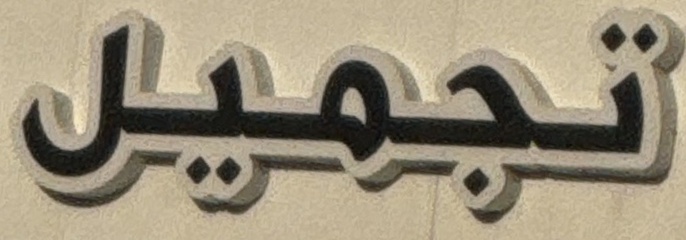
تجمیل